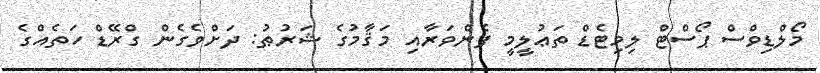
މޯލްޑިވްސް ޕޯސްޓް ލިމިޓެޑް ތަޢުލީމީ ފެންވަރާއި މަޤާމުގެ ޝަރުޠު: ދަށްވެގެން ގްރޭޑް ހަތެއްގެ